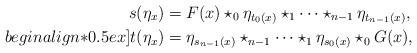
LaTeX: \begin{align*}s(\eta_x) &= F(x) \star_0 \eta_{t_0(x)} \star_1 \cdots \star_{n-1} \eta_{t_{n-1}(x)}, \\begin{align*}0.5ex]t(\eta_x) &= \eta_{s_{n-1}(x)} \star_{n-1} \cdots \star_1 \eta_{s_0(x)} \star_0 G(x),\end{align*}